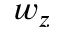
w _ { z }